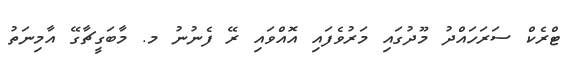
ޓްރެކް ސަރަހައްދު މޫދުގައި މަރުވެފައި އޮއްވައި ރޭ ފެނުނު މ. މާބަގީޗާގޭ އާމިނަތު